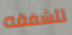
للشفقه